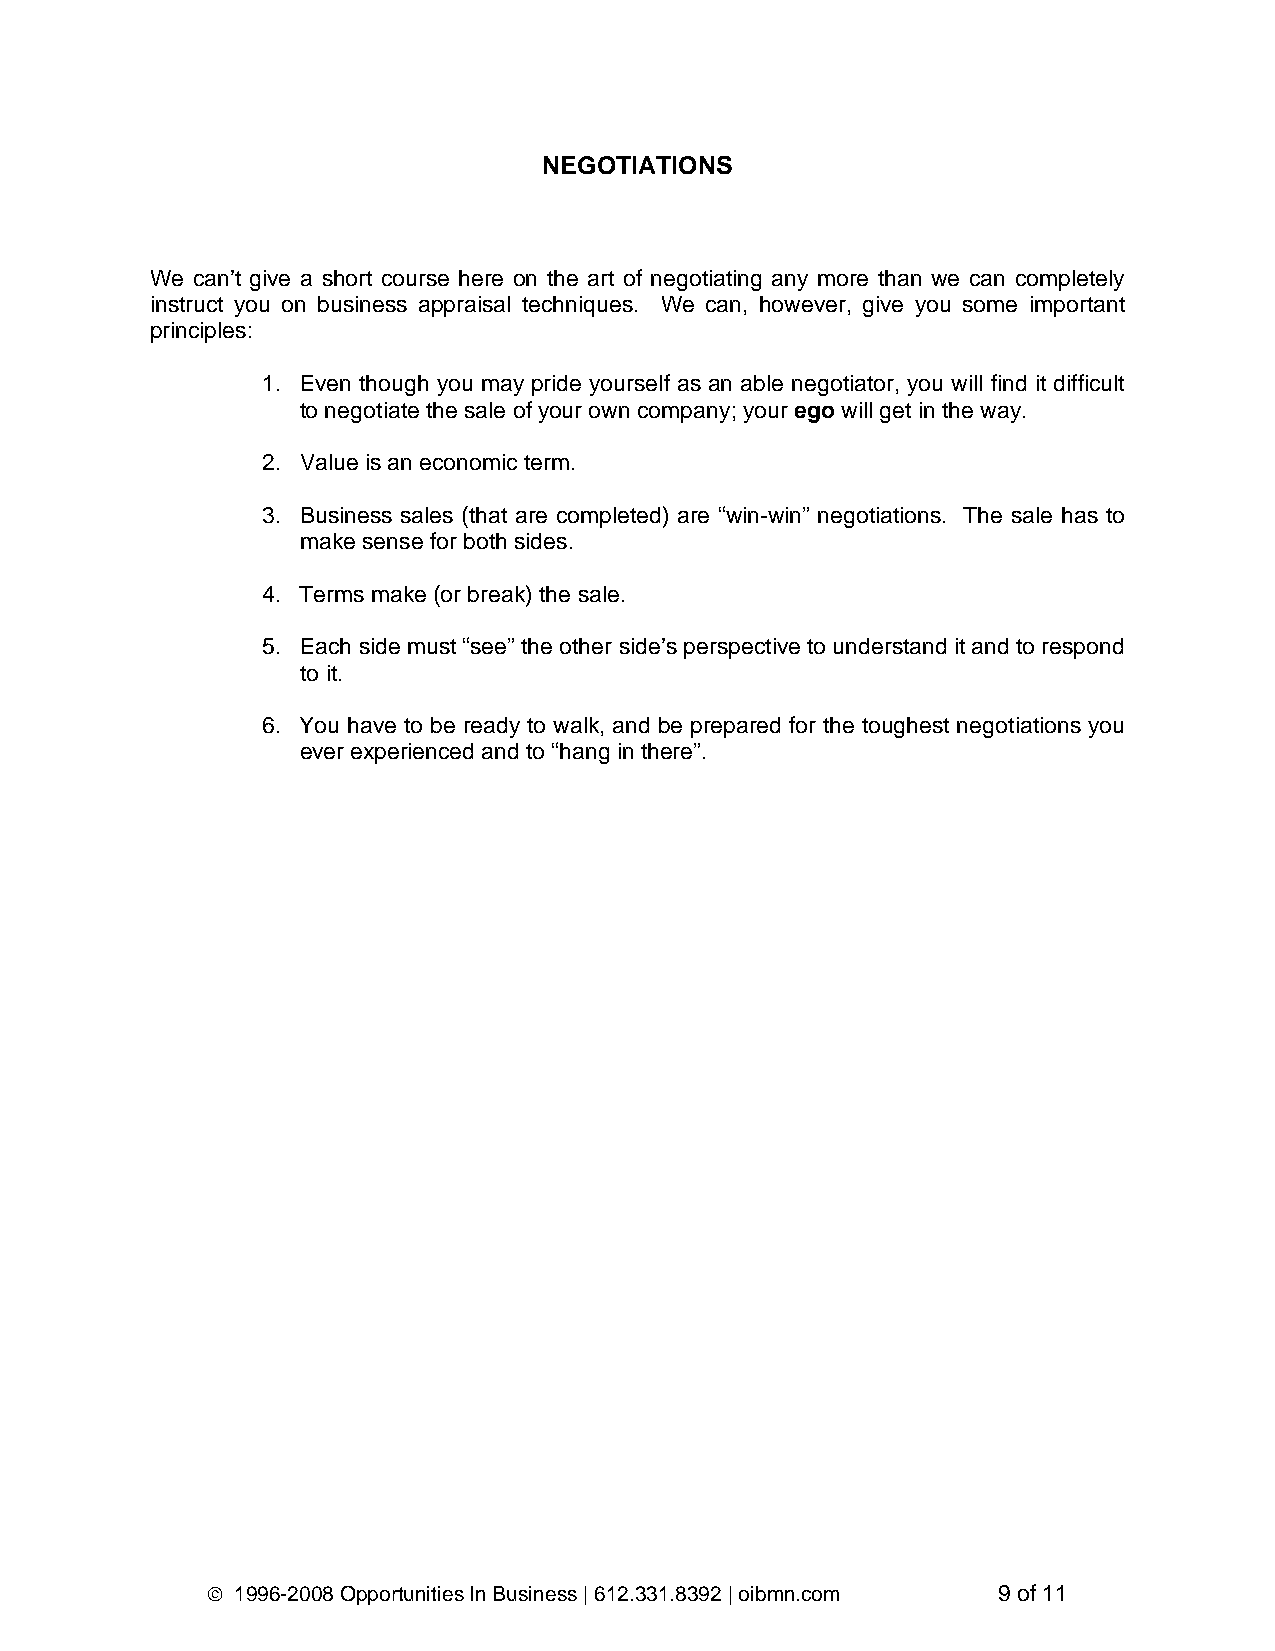
NEGOTIATIONS
 We can’t give a short course here on the art of negotiating any more than we can completely
 instruct you on business appraisal techniques. We can, however, give you some important
 principles:
 1. Even though you may pride yourself as an able negotiator, you will find it difficult
 to negotiate the sale of your own company; your ego will get in the way.
 2. Value is an economic term.
 3. Business sales (that are completed) are “win-win” negotiations. The sale has to
 make sense for both sides.
 4. Terms make (or break) the sale.
 5. Each side must “see” the other side’s perspective to understand it and to respond
 to it.
 6. You have to be ready to walk, and be prepared for the toughest negotiations you
 ever experienced and to “hang in there”.
 © 1996-2008 Opportunities In Business | 612.331.8392 | oibmn.com 9 of 11